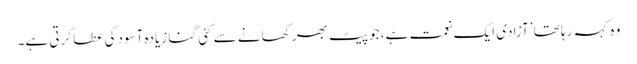
وہ کہہ رہا تھا ’آزادی ایک نعمت ہے، جو پیٹ بھر کھانے سے کئی گنا زیادہ آسودگی عطا کرتی ہے۔